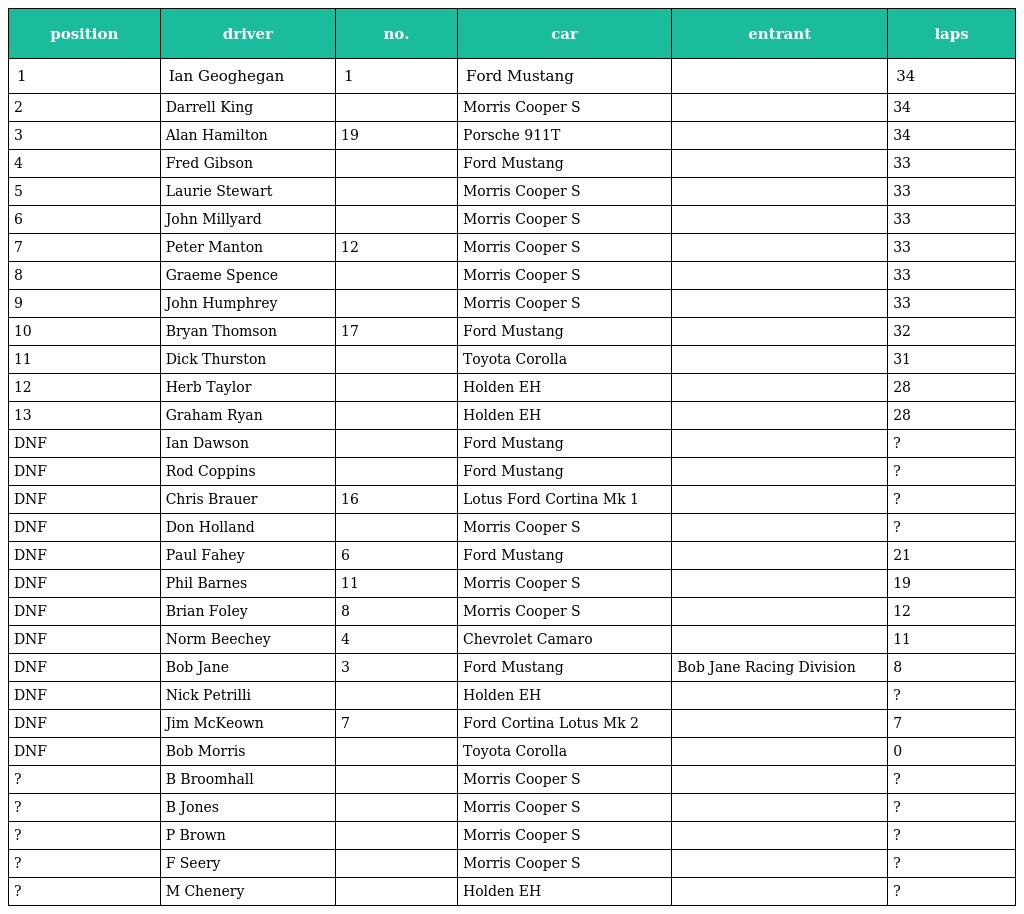
| position | driver | no. | car | entrant | laps |
 | --- | --- | --- | --- | --- | --- |
 | 1 | Ian Geoghegan | 1 | Ford Mustang |  | 34 |
 | 2 | Darrell King |  | Morris Cooper S |  | 34 |
 | 3 | Alan Hamilton | 19 | Porsche 911T |  | 34 |
 | 4 | Fred Gibson |  | Ford Mustang |  | 33 |
 | 5 | Laurie Stewart |  | Morris Cooper S |  | 33 |
 | 6 | John Millyard |  | Morris Cooper S |  | 33 |
 | 7 | Peter Manton | 12 | Morris Cooper S |  | 33 |
 | 8 | Graeme Spence |  | Morris Cooper S |  | 33 |
 | 9 | John Humphrey |  | Morris Cooper S |  | 33 |
 | 10 | Bryan Thomson | 17 | Ford Mustang |  | 32 |
 | 11 | Dick Thurston |  | Toyota Corolla |  | 31 |
 | 12 | Herb Taylor |  | Holden EH |  | 28 |
 | 13 | Graham Ryan |  | Holden EH |  | 28 |
 | DNF | Ian Dawson |  | Ford Mustang |  | ? |
 | DNF | Rod Coppins |  | Ford Mustang |  | ? |
 | DNF | Chris Brauer | 16 | Lotus Ford Cortina Mk 1 |  | ? |
 | DNF | Don Holland |  | Morris Cooper S |  | ? |
 | DNF | Paul Fahey | 6 | Ford Mustang |  | 21 |
 | DNF | Phil Barnes | 11 | Morris Cooper S |  | 19 |
 | DNF | Brian Foley | 8 | Morris Cooper S |  | 12 |
 | DNF | Norm Beechey | 4 | Chevrolet Camaro |  | 11 |
 | DNF | Bob Jane | 3 | Ford Mustang | Bob Jane Racing Division | 8 |
 | DNF | Nick Petrilli |  | Holden EH |  | ? |
 | DNF | Jim McKeown | 7 | Ford Cortina Lotus Mk 2 |  | 7 |
 | DNF | Bob Morris |  | Toyota Corolla |  | 0 |
 | ? | B Broomhall |  | Morris Cooper S |  | ? |
 | ? | B Jones |  | Morris Cooper S |  | ? |
 | ? | P Brown |  | Morris Cooper S |  | ? |
 | ? | F Seery |  | Morris Cooper S |  | ? |
 | ? | M Chenery |  | Holden EH |  | ? |